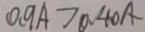
0 . 9 A > 0 . 4 0 A